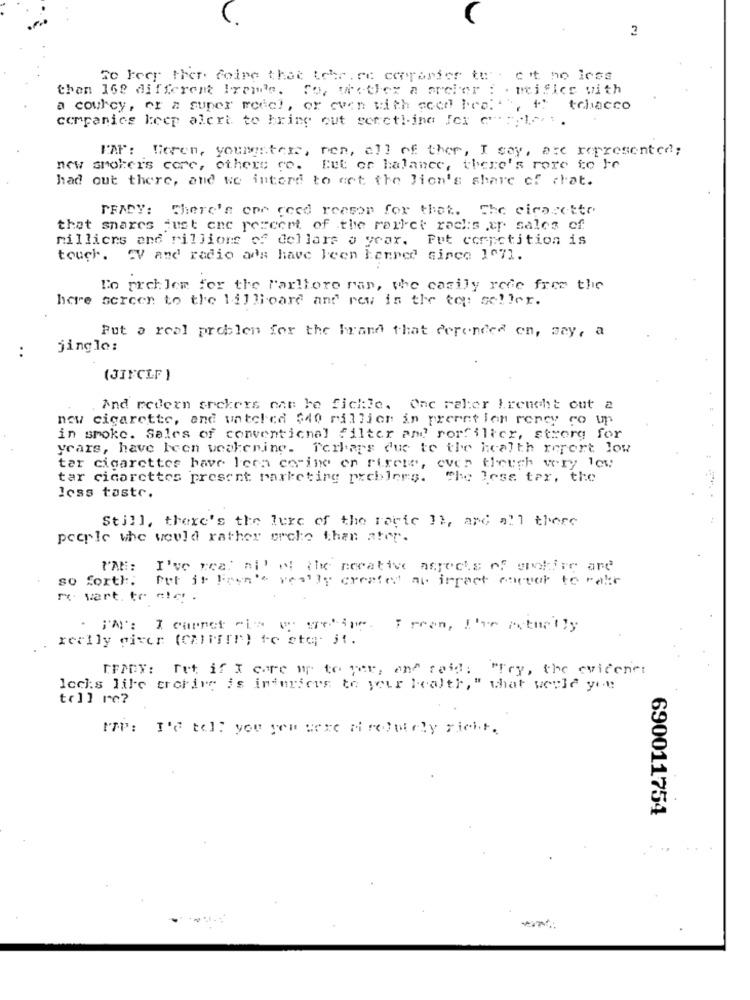
3
Te Feer ther foire that tehr. re copyarier tu'. cit no less
then 162 different Irem's. To, wothex a archer : . reifice with
a courcy, er a super redel, or even with acer bed. "",
+* tobacco
companies keep alert to bring out serctlina [cx c": ; le. ..
HAF: Vieren, youngsters, ren, all of ther, I say, are represented;
new smokers core, others co. Eut or halance, there's rore to ho
had out there, and we interd to est the lion's share of cat.
PFADY: There's one cecd reason for that. Che cicarotte
that snares just enc percent of the rarket racks cr sales of
milliers and rillions of dollars o year. Put corictition is
touch. "V and radio ads have been banned since 107].
Lo preh lem for the l'arlloro ran, the casily rede free the
here screen to the lillivare and rey in the top: seller.
Put a real problem for the brand that derended en, say, a
jingle:
:
(JIFCLF )
And redern seekers nat be fickle. Onc raler treucht out a
now cigarette, and untel ca $40 rillior in preret len rency ro un
in smoke. Sales of conventional filter and rorfilter, stworg for
years, have been weakening. Terbars due to the health report low
tar cigarettes have leca corine en rirete, even though wry low
tar cicarettes present marketing pichlers. "he less ter, the
less tastr.
Still, there's the lure of the ravie !!, and all there
people whe would rather orche than ater.
I'AN ::
I've rea: ai' Nl the norative aspects of enohire and
so forth. Put it Fron's really created au irract career to rakie
me vart tr etc .
. J'AI: I carpet ciao wenige. Freen, I've actually
really giver (Calif!") to stop- jt.
[FIDY: Tet if I care w to per, en" said: "fry, the evicene:
lechs life crcring is infurious to your health," what would you
tr11 re?
ITP: I'd tell you you were arelutely sicht.
690011754